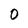
Character: 0